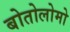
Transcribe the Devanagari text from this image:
बोतोलोमो